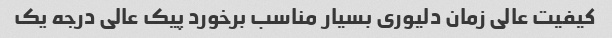
کیفیت عالی زمان دلیوری بسیار مناسب برخورد پیک عالی درجه یک